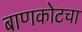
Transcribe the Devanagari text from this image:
बाणकोटचा